Civil Veterinary Dept. Assam report 1927-50 - 1927-1950
Year: 1927
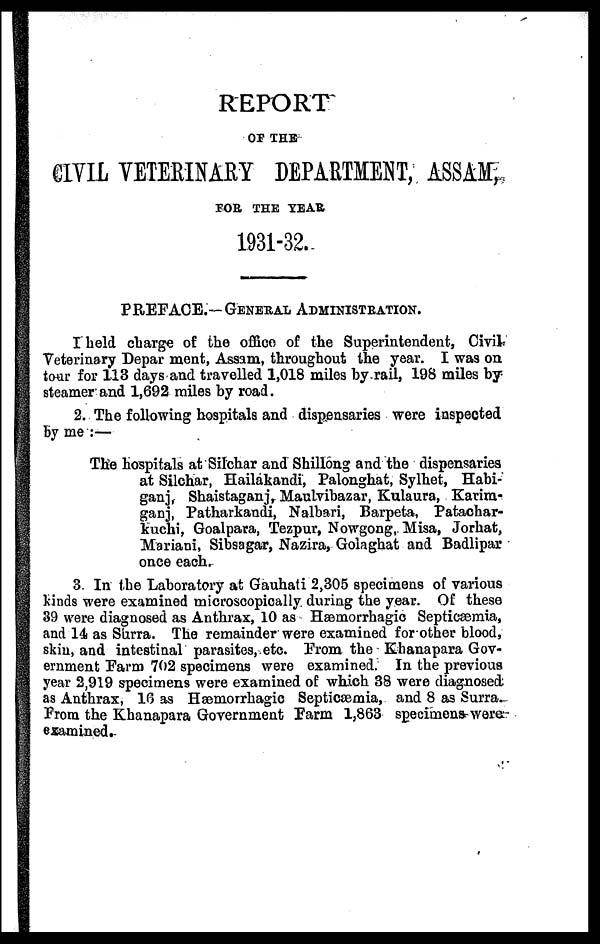
REPORT
OF THE
CIVIL VETERINARY DEPARTMENT, ASSAM,
FOR THE YEAR
1931-32.
PREFACE.—GENERAL ADMINISTRATION.
I held charge of the office of the Superintendent, Civil-
Veterinary Depar ment, Assam, throughout the year. I was on
tour for 113 days and travelled 1,018 miles by rail, 198 miles by
steamer and 1,692 miles by road.
2. The following hospitals and dispensaries were inspected
by me:—
The hospitals at Sitchar and Shillong and the dispensaries
at Silchar, Hailakandi, Palonghat, Sylhet, Habi-
ganj, Shaistaganj Maulvihazar, Kulaura, Karim-
ganj, Patharkandi, Nalbari, Barpeta, Patachar-
kuchi, Goalpara, Tezpur, Nowgong, Misa, Jorhat,
Mariani, Sibsagar, Nazira, Golaghat and Badlipar
once each.
3. In the Laboratory at Gauhati 2,305 specimens of various
kinds were examined microscopically during the year. Of these
39 were diagnosed as Anthrax, 10 as Hæmorrhagic Septicæmia,
and 14 as Surra. The remainder were examined for other blood,
skin, and intestinal parasites, etc. Prom the Khanapara Gov-
ernment Farm 702 specimens were examined. In the previous
year 2,919 specimens were examined of which 38 were diagnosed
as Anthrax, 16 as Hæmorrhagic Septicæmia, and 8 as Surra.
Prom the Khanapara Government Farm 1,863 specimens were:
examined.